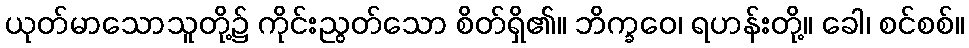
ယုတ်မာသောသူတို့၌ ကိုင်းညွတ်သော စိတ်ရှိ၏။ ဘိက္ခဝေ၊ ရဟန်းတို့။ ခေါ၊ စင်စစ်။